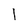
Character: 1